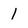
Character: 1